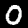
Digit: 0